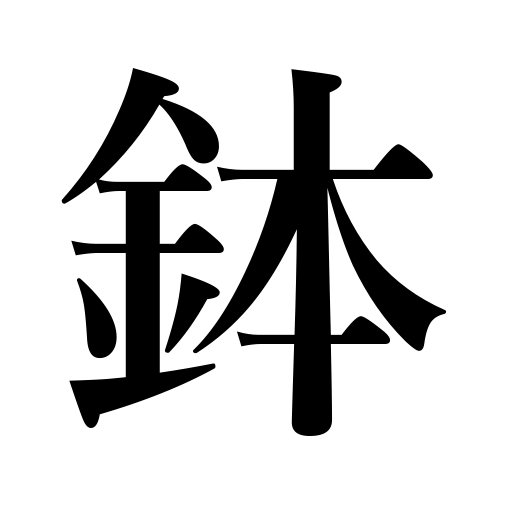
Meanings: brainpan,crown,pot,bowl,rice tub